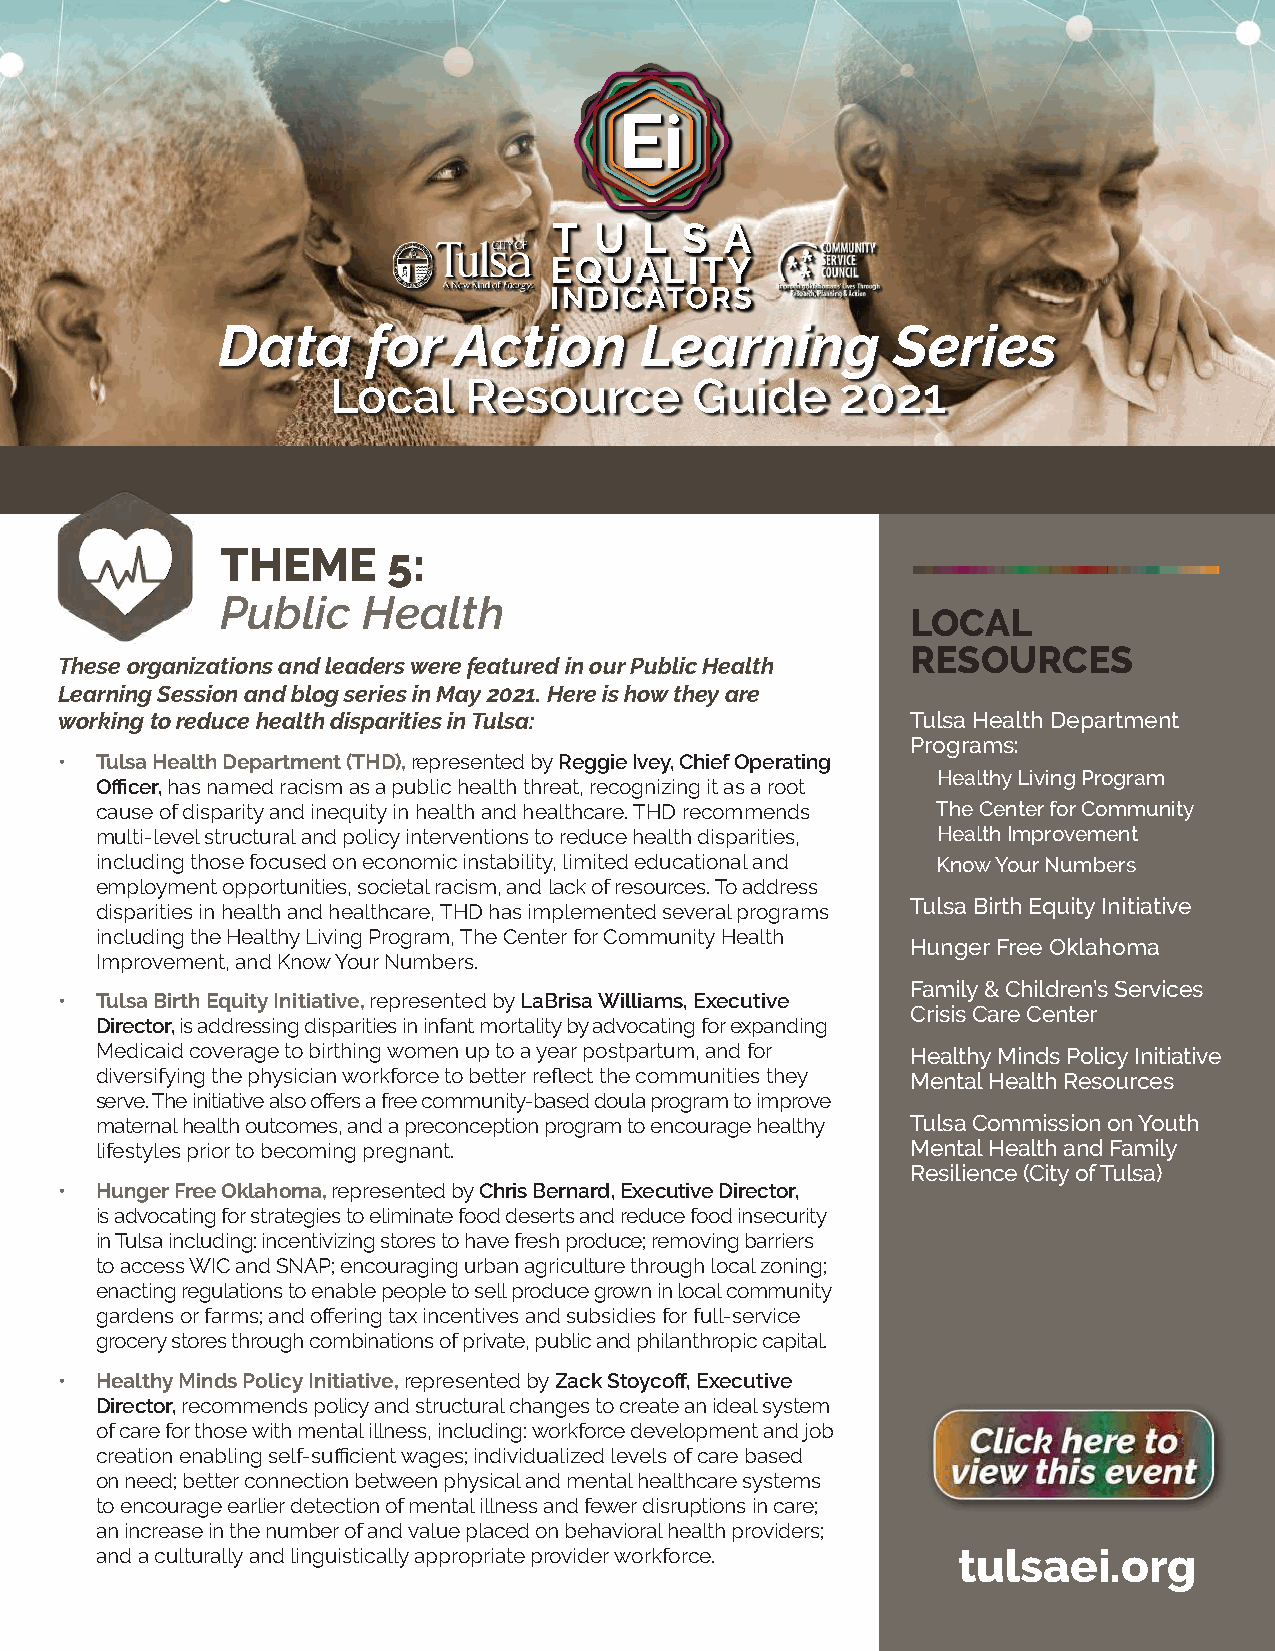
Data      for   Action      Learning         Series
 Local    Resource       Guide     2021
 THEME      5:
 Public   Health
 LOCAL
 RESOURCES
 These organizations and leaders were featured in our Public Health
 Learning Session and blog series in May 2021. Here is how they are
 working to reduce health disparities in Tulsa:          Tulsa Health Department
 Programs:
 • Tulsa Health Department (THD), represented by Reggie Ivey, Chief Operating
 Healthy Living Program
 Officer, has named racism as a public health threat, recognizing it as a root
 cause of disparity and inequity in health and healthcare. THD recommends The Center for Community
 multi-level structural and policy interventions to reduce health disparities, Health Improvement
 including those focused on economic instability, limited educational and Know Your Numbers
 employment opportunities, societal racism, and lack of resources. To address
 Tulsa Birth Equity Initiative
 disparities in health and healthcare, THD has implemented several programs
 including the Healthy Living Program, The Center for Community Health
 Hunger Free Oklahoma
 Improvement, and Know Your Numbers.
 Family & Children’s Services
 • Tulsa Birth Equity Initiative, represented by LaBrisa Williams, Executive
 Crisis Care Center
 Director, is addressing disparities in infant mortality by advocating for expanding
 Medicaid coverage to birthing women up to a year postpartum, and for Healthy Minds Policy Initiative
 diversifying the physician workforce to better reflect the communities they Mental Health Resources
 serve. The initiative also offers a free community-based doula program to improve
 maternal health outcomes, and a preconception program to encourage healthy Tulsa Commission on Youth
 lifestyles prior to becoming pregnant.                Mental Health and Family
 Resilience (City of Tulsa)
 • Hunger Free Oklahoma, represented by Chris Bernard, Executive Director,
 is advocating for strategies to eliminate food deserts and reduce food insecurity
 in Tulsa including: incentivizing stores to have fresh produce; removing barriers
 to access WIC and SNAP; encouraging urban agriculture through local zoning;
 enacting regulations to enable people to sell produce grown in local community
 gardens or farms; and offering tax incentives and subsidies for full-service
 grocery stores through combinations of private, public and philanthropic capital.
 • Healthy Minds Policy Initiative, represented by Zack Stoycoff, Executive
 Director, recommends policy and structural changes to create an ideal system
 of care for those with mental illness, including: workforce development and job
 creation enabling self-sufficient wages; individualized levels of care based
 on need; better connection between physical and mental healthcare systems
 to encourage earlier detection of mental illness and fewer disruptions in care;
 an increase in the number of and value placed on behavioral health providers;
 and a culturally and linguistically appropriate provider workforce. tulsaei.org